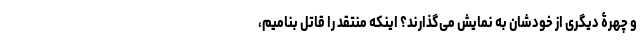
و چهرۀ دیگری از خودشان به نمایش می‌گذارند؟ اینکه منتقد را قاتل بنامیم،